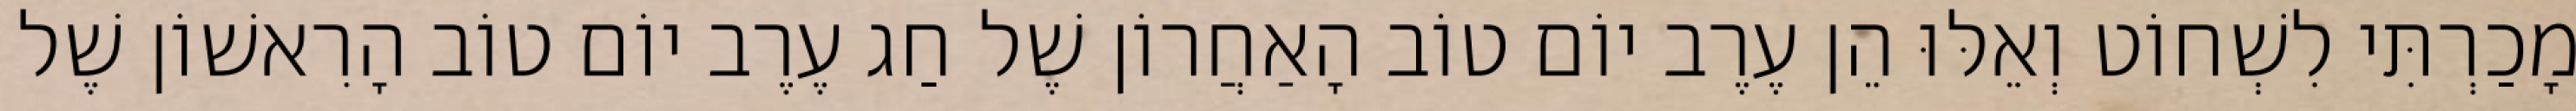
מָכַרְתִּי לִשְׁחוֹט וְאֵלּוּ הֵן עֶרֶב יוֹם טוֹב הָאַחֲרוֹן שֶׁל חַג עֶרֶב יוֹם טוֹב הָרִאשׁוֹן שֶׁל